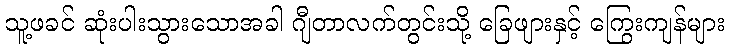
သူ့ဖခင် ဆုံးပါးသွားသောအခါ ဂျီတာလက်တွင်းသို့ ခြေဖျားနှင့် ကြွေးကျန်များ